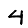
Digit: 4